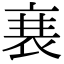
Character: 𮕱